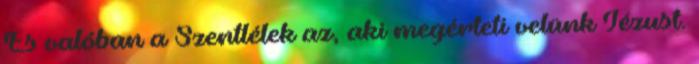
És valóban a Szentlélek az, aki megérteti velünk Jézust.